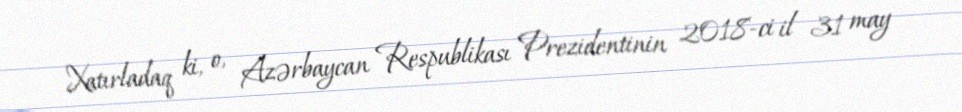
Xatırladaq ki, o, Azərbaycan Respublikası Prezidentinin 2018-ci il 31 may